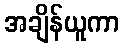
အချိန်ယူကာ